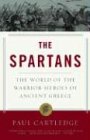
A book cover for The Spartans: The World of the Warrior-Heroes of Ancient Greece; Paul Cartledge; History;